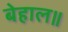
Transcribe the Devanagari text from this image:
बेहाल॥